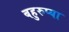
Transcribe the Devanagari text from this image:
बहुरुप्या